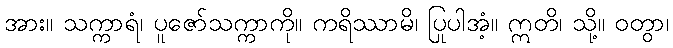
အား။ သက္ကာရံ၊ ပူဇော်သက္ကာကို။ ကရိဿာမိ၊ ပြုပါအံ့။ ဣတိ၊ သို့။ ဝတွာ၊